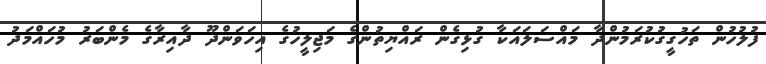
ފުލުހުން ތަހުގީގުކުރަމުންދާ މައްސަލައަކާ ގުޅިގެން ރައްޔިތުންގެ މަޖިލީހުގެ އިހަވަންދޫ ދާއިރާގެ މެންބަރު މުހައްމަދު